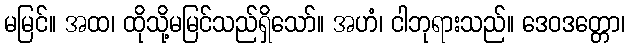
မမြင်။ အထ၊ ထိုသို့မမြင်သည်ရှိသော်။ အဟံ၊ ငါဘုရားသည်။ ဒေဝဒတ္တော၊